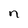
Character: n